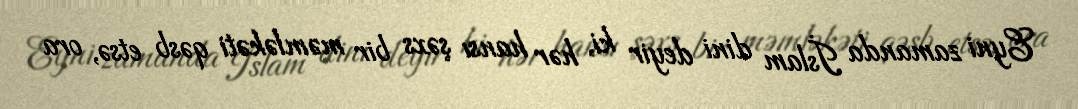
Eyni zamanda İslam dini deyir ki, hər hansı şəxs bir məmləkəti qəsb etsə, ora